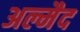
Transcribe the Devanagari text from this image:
अल्मैद